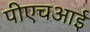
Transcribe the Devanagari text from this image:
पीएचआई